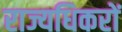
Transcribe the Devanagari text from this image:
राज्यधिकरों